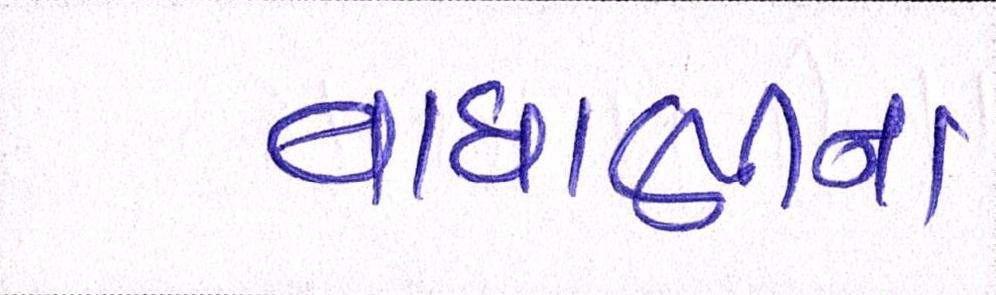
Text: વાઘાણીના